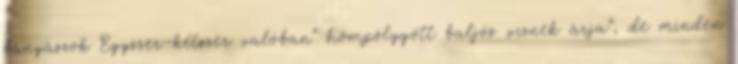
bányászok Egyszer-kétszer valóban” hömpölygött baljós víznek árja”, de minden